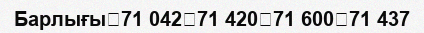
Барлығы	71 042	71 420	71 600	71 437